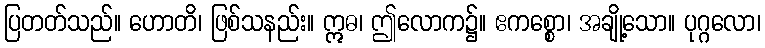
ပြတတ်သည်။ ဟောတိ၊ ဖြစ်သနည်း။ ဣဓ၊ ဤလောက၌။ ဧကစ္စော၊ အချို့သော။ ပုဂ္ဂလော၊